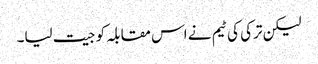
لیکن ترکی کی ٹیم نے اس مقابلہ کو جیت لیا۔